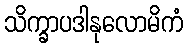
သိက္ခာပဒါနုလောမိကံ